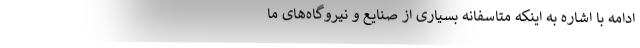
ادامه با اشاره به اینکه متاسفانه بسیاری از صنایع و نیروگاه‌های ما